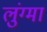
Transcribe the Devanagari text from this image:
लुंग्मा